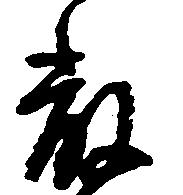
厳